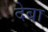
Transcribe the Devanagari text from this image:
देबा